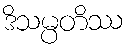
ဒိသမ္ပတိဿ